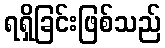
ရရှိခြင်းဖြစ်သည်